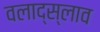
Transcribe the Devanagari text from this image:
वलाद्स्लाव